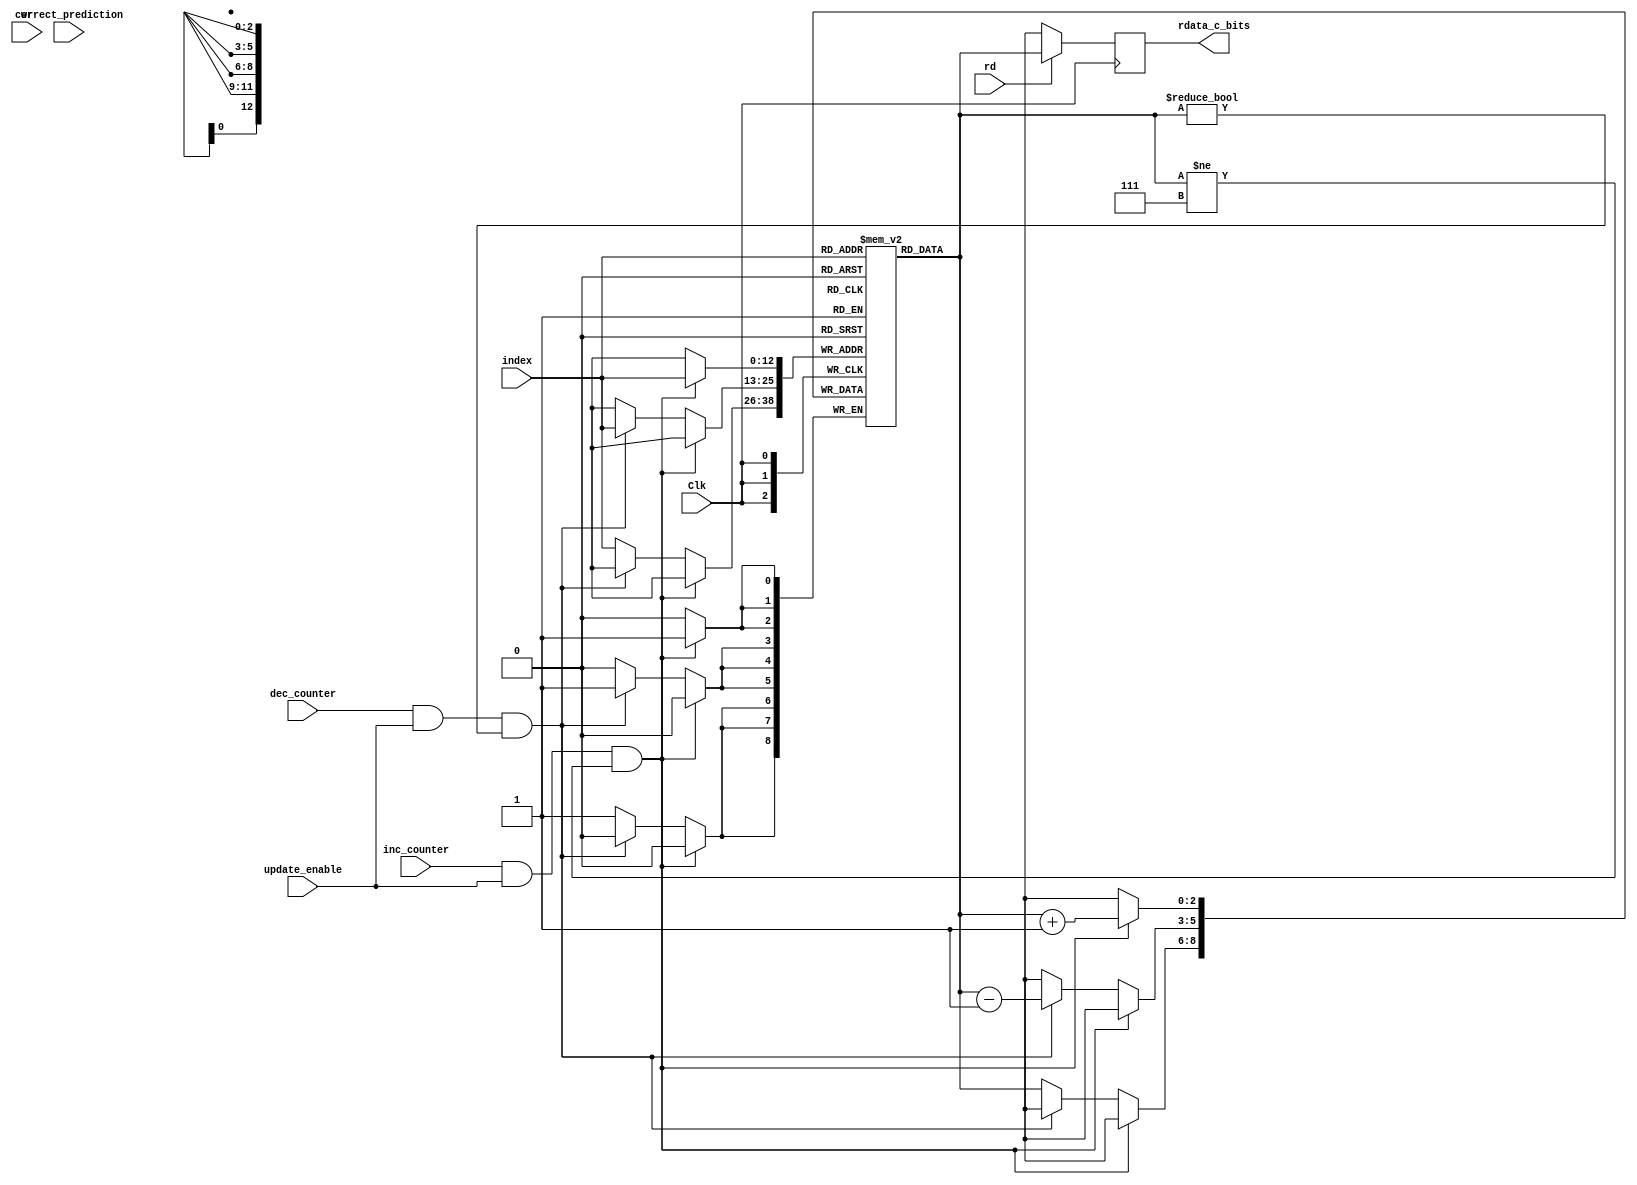
`timescale 1ns / 1ps

module 	Bimodal_Table(Clk, wr, rd, index/*pc*/, rdata_c_bits, correct_prediction, inc_counter, dec_counter,update_enable);
   
	parameter IL=13;	//Index size ie number of addresses
	parameter CL=3;		//Counter length

	reg [ CL-1 : 0 ] c_bits[(1 << IL) - 1 : 0];		//Counter table
	
	output [ CL-1 : 0 ] rdata_c_bits;
	reg [ CL-1 : 0 ] rdata_c_bits_reg;
	input [IL - 1 : 0]index;
	input Clk,rd,wr;
    input correct_prediction;
	input inc_counter;
	input dec_counter;
	input update_enable;

    integer i, j;
   
    initial
    begin
      for (i = 0; i < (1<<IL); i = i+1)
			begin	
				c_bits[i] = {CL{1'b0}};		//initialize the bits
			end
	end
   
   // Keep addr and write data
   
  always @(posedge Clk)
	begin
		    if (inc_counter==1'b1 && update_enable==1'b1 && c_bits[index]!= {CL{1'b1}})
				begin
						c_bits[index]<=c_bits[index] + 1'b1;
				end
			else if(dec_counter==1'b1 && update_enable==1'b1 && c_bits[index]!= {CL{1'b0}})
				begin	
						c_bits[index]<=c_bits[index] - 1'b1;
				end
			else
				begin
						c_bits[index]<=c_bits[index];
				end
					
	end


  //
  // Read process
  // ------------


  always @(posedge Clk)
	begin
		if (rd)
			begin
				rdata_c_bits_reg <= c_bits[index];
			end
		else
			begin
				rdata_c_bits_reg <= {CL{1'bX}};
			end
	end
		
  assign rdata_c_bits = rdata_c_bits_reg;
	
endmodule